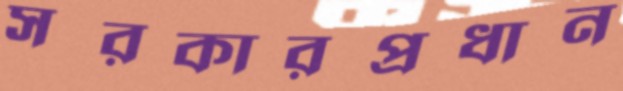
সরকারপ্রধান